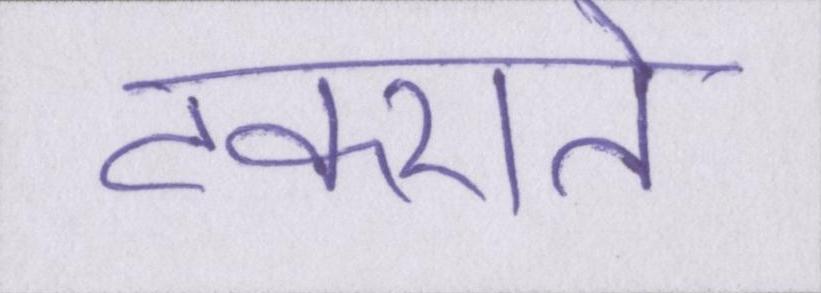
टकराते